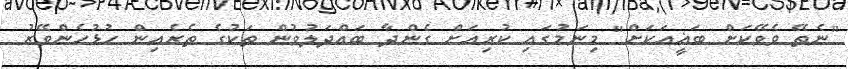
"ނެތޭ ވެވޭކަށް ބަޣީއަކަށް" މިނަމުގައި ކުރިއަށް ގެންދާ ބައްދަލުވުން ތަކުގެ ތެރެއިން ހުޅުހެންވޭރު